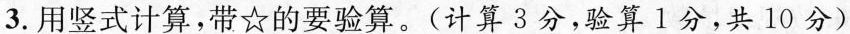
3.用竖式计算，带☆的要验算。(计算3分，验算1分，共10分)